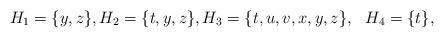
LaTeX: \begin{align*}H_1 = \{y, z \}, H_2 = \{ t, y, z \}, H_3 = \{t, u, v, x, y, z \}, \ \ H_4 = \{t \} ,\end{align*}